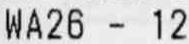
WA26 - 12